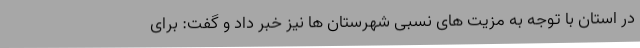
در استان با توجه به مزیت های نسبی شهرستان ها نیز خبر داد و گفت: برای